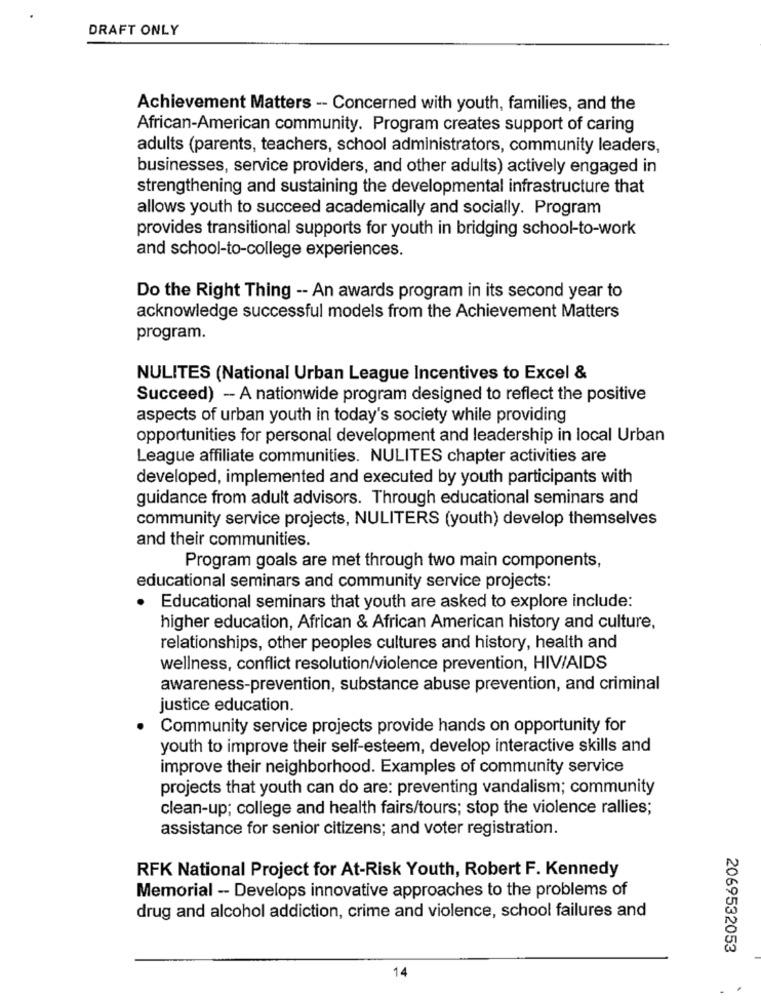
DRAFT ONLY
Achievement Matters -- Concerned with youth, families, and the
African-American community. Program creates support of caring
adults (parents, teachers, school administrators, community leaders,
businesses, service providers, and other adults) actively engaged in
strengthening and sustaining the developmental infrastructure that
allows youth to succeed academically and socially. Program
provides transitional supports for youth in bridging school-to-work
and school-to-college experiences.
Do the Right Thing -- An awards program in its second year to
acknowledge successful models from the Achievement Matters
program.
NULITES (National Urban League Incentives to Excel &
Succeed) - A nationwide program designed to reflect the positive
aspects of urban youth in today's society while providing
opportunities for personal development and leadership in local Urban
League affiliate communities. NULITES chapter activities are
developed, implemented and executed by youth participants with
guidance from adult advisors. Through educational seminars and
community service projects, NULITERS (youth) develop themselves
and their communities.
Program goals are met through two main components,
educational seminars and community service projects:
· Educational seminars that youth are asked to explore include:
higher education, African & African American history and culture,
relationships, other peoples cultures and history, health and
wellness, conflict resolution/violence prevention, HIV/AIDS
awareness-prevention, substance abuse prevention, and criminal
justice education.
Community service projects provide hands on opportunity for
youth to improve their self-esteem, develop interactive skills and
improve their neighborhood. Examples of community service
projects that youth can do are: preventing vandalism; community
clean-up; college and health fairs/tours; stop the violence rallies;
assistance for senior citizens; and voter registration.
RFK National Project for At-Risk Youth, Robert F. Kennedy
Memorial -- Develops innovative approaches to the problems of
drug and alcohol addiction, crime and violence, school failures and
2069532053
14